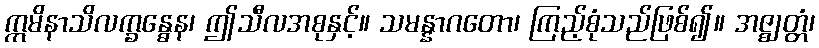
ဣမိနာသိလက္ခန္ဓေန၊ ဤသီလအစုနှင့်။ သမန္နာဂတော၊ ကြည့်စုံသည်ဖြစ်၍။ အဇ္ဈတ္တံ၊